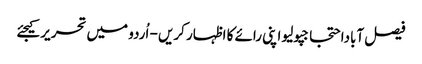
فیصل آباداحتجاجپولیو اپنی رائے کا اظہار کریں - اُردو میں تحریر کیجئے